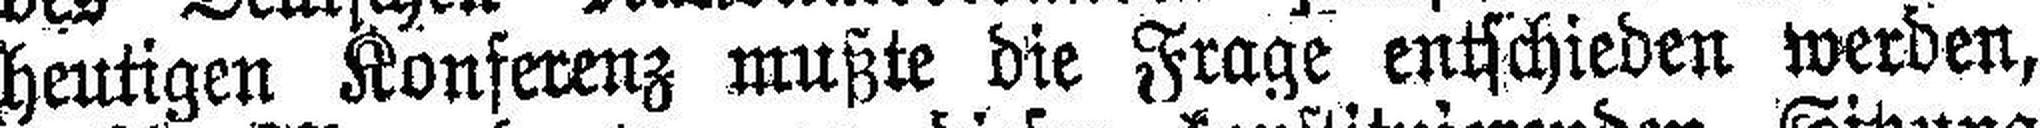
heutigen Konferenz mußte die Frage entschieden werden,